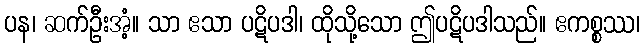
ပန၊ ဆက်ဦးအံ့။ သာ ဧသာ ပဋိပဒါ၊ ထိုသို့သော ဤပဋိပဒါသည်။ ဧကစ္စဿ၊